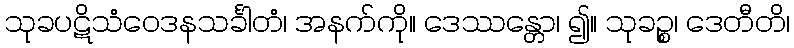
သုခပဋိသံဝေဒနသင်္ခါတံ၊ အနက်ကို။ ဒေဿန္တော၊ ၍။ သုခဉ္စ၊ ဒေတီတိ၊